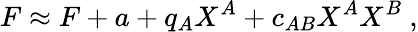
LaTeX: F\approx F+a+q_{A}X^{A}+c_{AB}X^{A}X^{B}\ ,